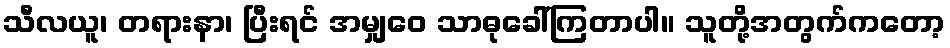
သီလယူ၊ တရားနာ၊ ပြီးရင် အမျှဝေ သာဓုခေါ်ကြတာပါ။ သူတို့အတွက်ကတော့